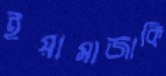
ইয়ামাজাকি